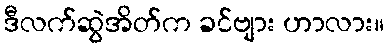
ဒီလက်ဆွဲအိတ်က ခင်ဗျား ဟာလား။